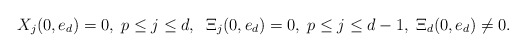
\begin{align*}X _j(0,e_d)=0,\;p\leq j\leq d,\;\;\Xi_j(0,e_d)=0,\;p\leq j\leq d-1,\;\Xi_d(0,e_d)\neq 0.\end{align*}